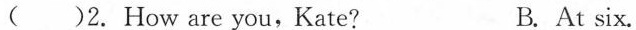
( )2. How are you,Kate? B. At six.